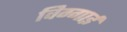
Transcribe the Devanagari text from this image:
विग्गाई